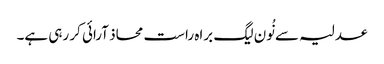
عدلیہ سے نُون لیگ براہ راست محاذ آرائی کر رہی ہے۔